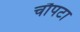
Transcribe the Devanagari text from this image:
चौपटा